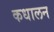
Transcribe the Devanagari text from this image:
कधालन